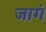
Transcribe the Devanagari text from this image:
जागं